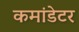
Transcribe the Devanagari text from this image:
कमांडेटर